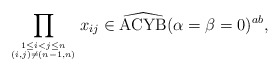
\begin{gather*}\prod_{1 \le i < j \le n \atop (i,j) \not= (n-1,n)} x_{ij} \in{\widehat{{\rm ACYB}}}(\alpha=\beta=0)^{ab},\end{gather*}